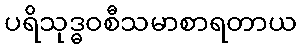
ပရိသုဒ္ဓဝစီသမာစာရတာယ